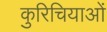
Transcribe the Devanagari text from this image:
कुरिचियाओं